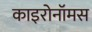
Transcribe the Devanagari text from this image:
काइरोनॉमस